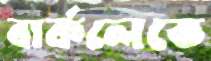
বার্কলেতে